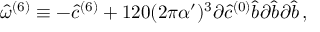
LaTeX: \hat { \omega } ^ { ( 6 ) } \equiv - { \hat { c } } ^ { ( 6 ) } + 1 2 0 ( 2 \pi \alpha ^ { \prime } ) ^ { 3 } \partial { \hat { c } } ^ { ( 0 ) } { \hat { b } } \partial { \hat { b } } \partial { \hat { b } } \, ,